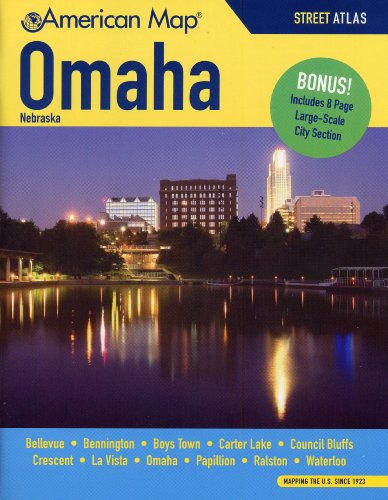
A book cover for Omaha NE Atlas; American Map; Travel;